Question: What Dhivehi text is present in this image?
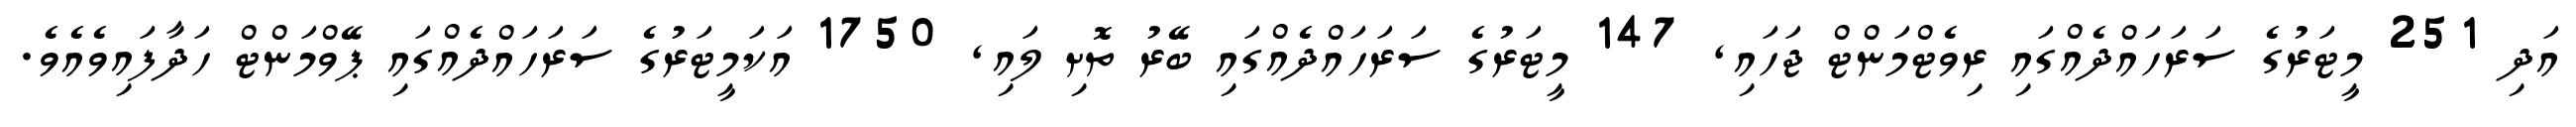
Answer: އަދި 251 މީޓަރުގެ ސަރަހައްދެއްގައި ރިވެޓްމަންޓް ޖަހައި, 147 މީޓަރުގެ ސަރަހައްދެއްގައި ބޭރު ތޮށި ލައި, 1750 އަކަމީޓަރުގެ ސަރަހައްދެއްގައި ޕޭވްމަންޓް ހަދާފައިވެއެވެ.